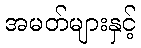
အမတ်များနှင့်